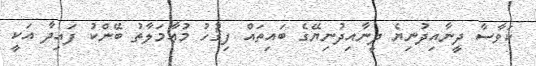
ކަވާސާ ދީނާއިދުނިޔެ ދީނާއިދުނިޔޭގެ ބައިތައް ފިޤުހު މުޢާމަލާތު ބޭންކު ފައިދާ އަކީ